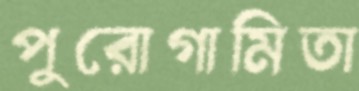
পুরোগামিতা